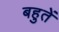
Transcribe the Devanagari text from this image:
बहुतें